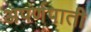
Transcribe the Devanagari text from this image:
अपर्णपाती